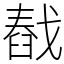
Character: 㦼